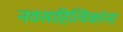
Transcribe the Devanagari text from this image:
नवसाहित्यिकांना